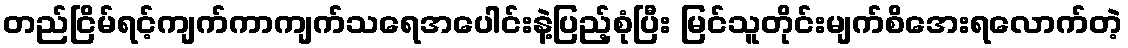
တည်ငြိမ်ရင့်ကျက်ကာကျက်သရေအပေါင်းနဲ့ပြည့်စုံပြီး မြင်သူတိုင်းမျက်စိအေးရလောက်တဲ့